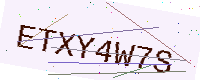
Text: ETXY4W7S